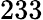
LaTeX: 233